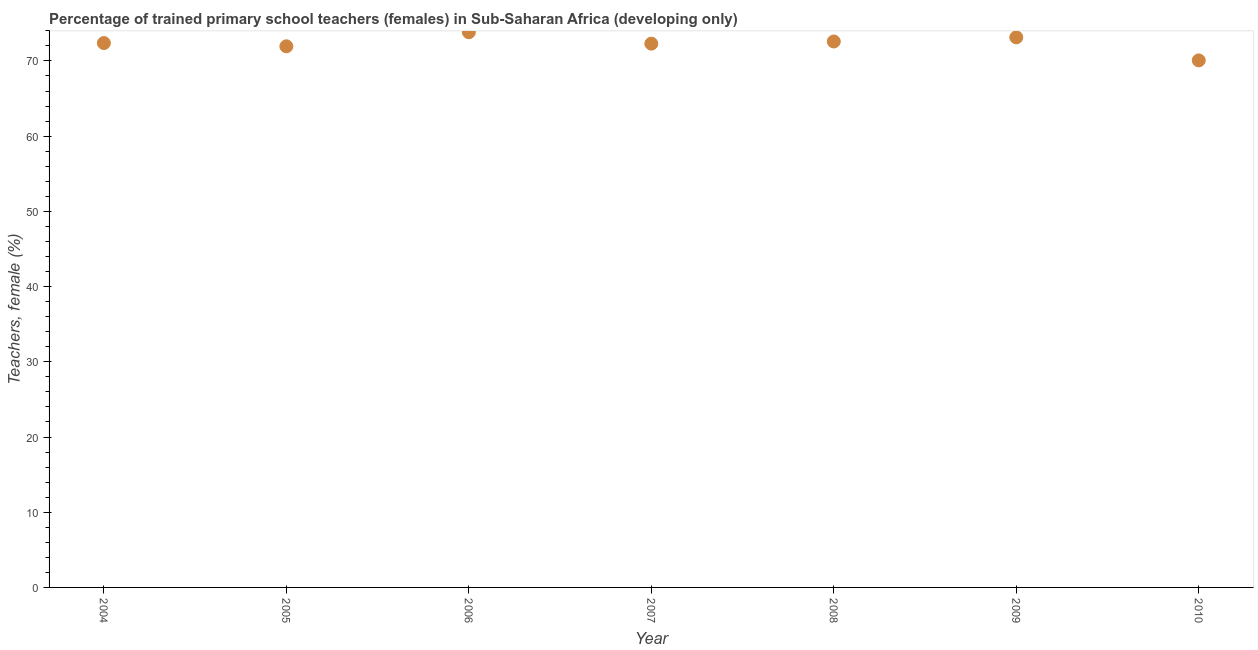
| Year | Trained teachers female |
 | --- | --- |
 | 2004 | 72.4 |
 | 2005 | 71.9 |
 | 2006 | 73.8 |
 | 2007 | 72.3 |
 | 2008 | 72.6 |
 | 2009 | 73.1 |
 | 2010 | 70.1 |